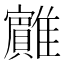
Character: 𱁏